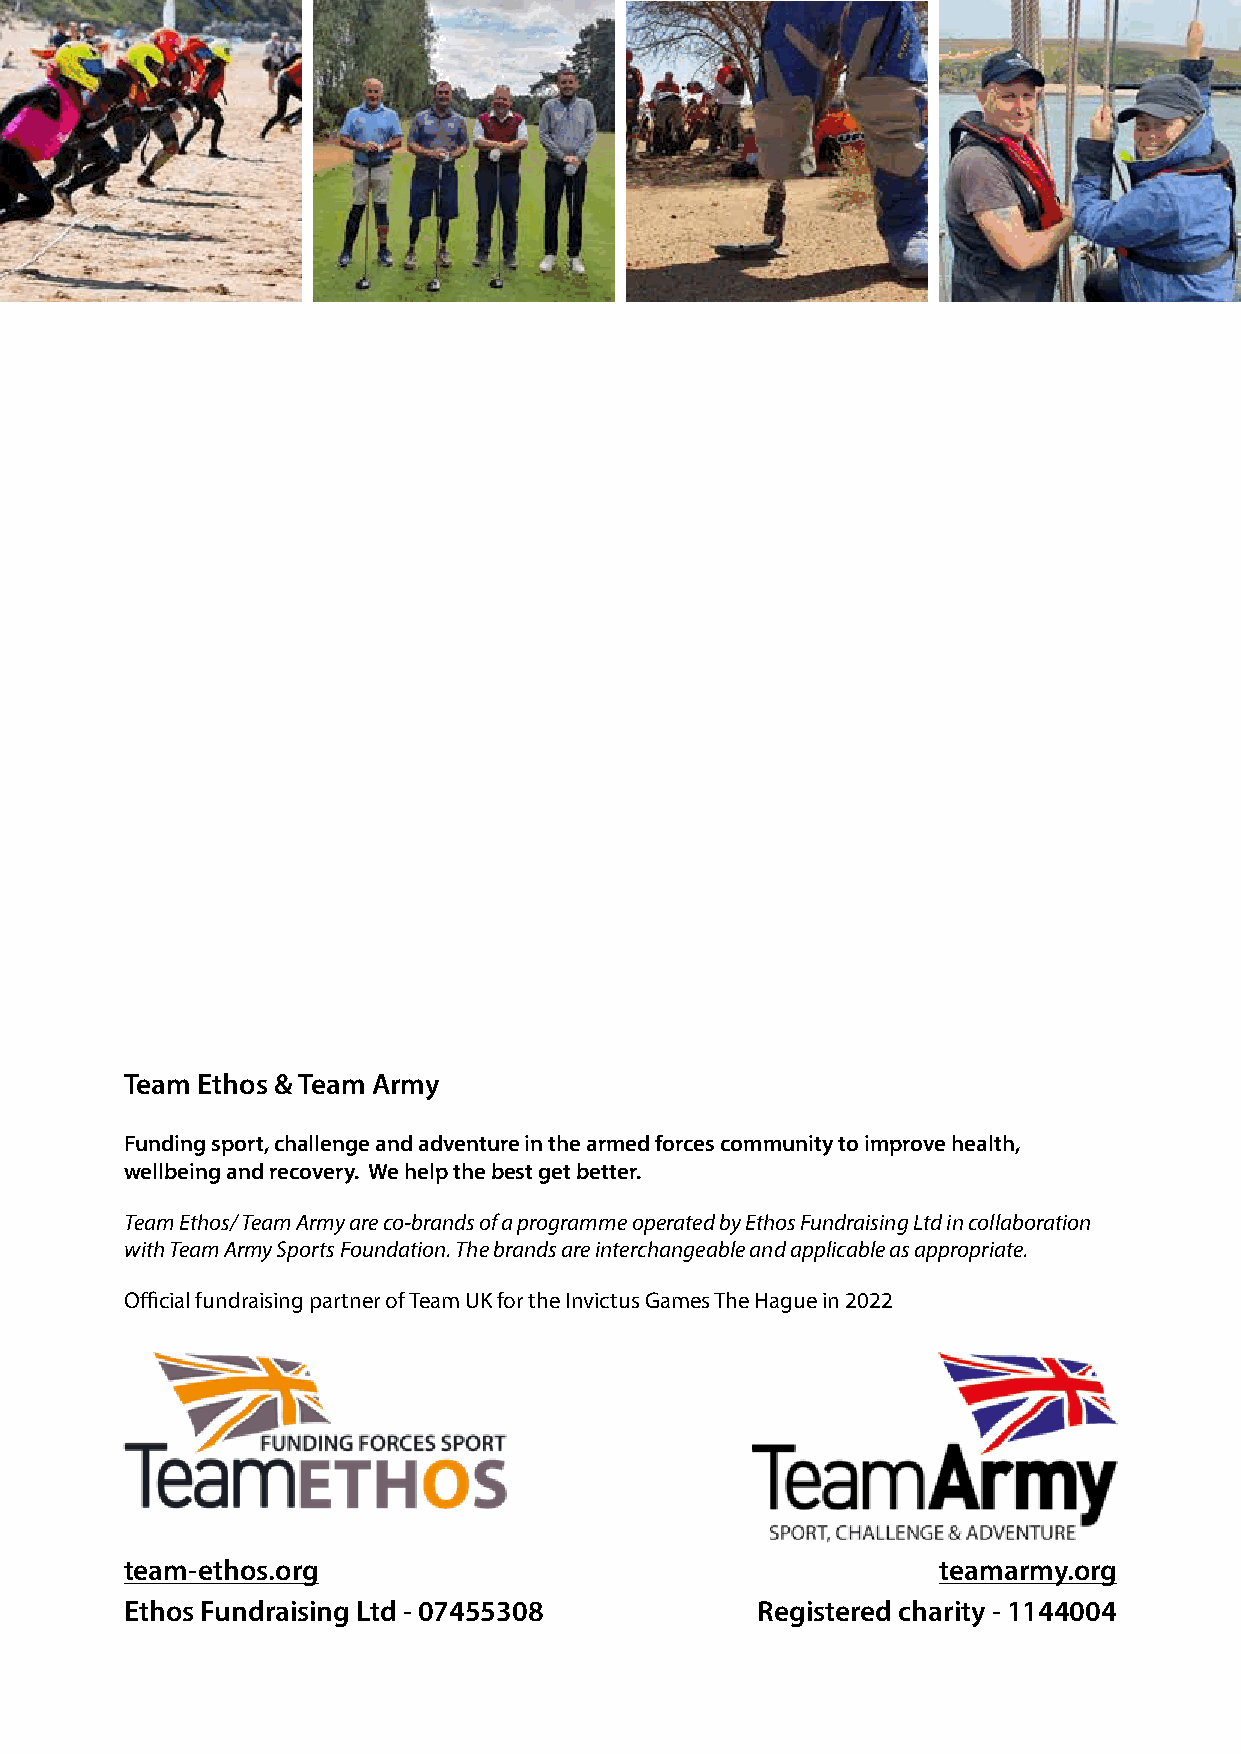
Team Ethos & Team Army
 Funding sport, challenge and adventure in the armed forces community to improve health,
 wellbeing and recovery. We help the best get better.
 Team Ethos/ Team Army are co-brands of a programme operated by Ethos Fundraising Ltd in collaboration
 with Team Army Sports Foundation. The brands are interchangeable and applicable as appropriate.
 Official fundraising partner of Team UK for the Invictus Games The Hague in 2022
 team-ethos.org                                        teamarmy.org
 Ethos Fundraising Ltd - 07455308          Registered charity - 1144004